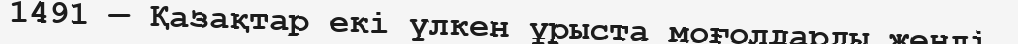
1491 — Қазақтар екі үлкен ұрыста моғолдарды жеңді.